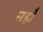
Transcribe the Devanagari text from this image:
सहाँ